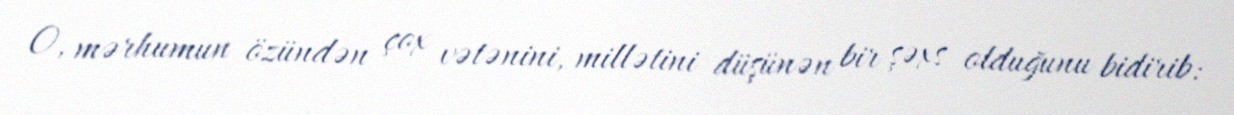
O, mərhumun özündən çox vətənini, millətini düşünən bir şəxs olduğunu bidirib: